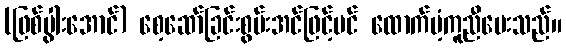
(ဖြစ်ပွါးအောင်) စေ့ဆော်ခြင်းစွမ်းအင်ဖြင့်ပင် ထောက်ပံ့ကူညီပေးသည်။